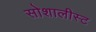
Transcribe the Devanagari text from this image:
सोशालीस्ट